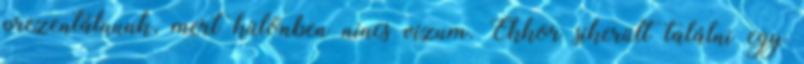
prezentálnunk, mert különben nincs vízum. Ekkor sikerült találni egy